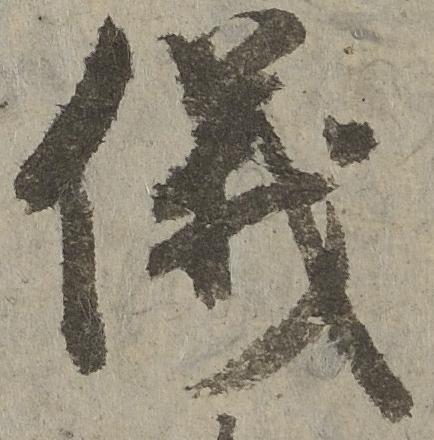
儀